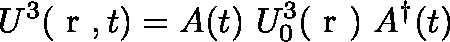
U ^ { 3 } ( \mathrm { \boldmath ~ r ~ } , t ) = A ( t ) ~ U _ { 0 } ^ { 3 } ( \mathrm { \boldmath ~ r ~ } ) ~ A ^ { \dag } ( t )